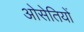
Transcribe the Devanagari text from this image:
ओसेतियों